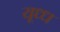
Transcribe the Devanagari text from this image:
यूध्ध